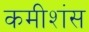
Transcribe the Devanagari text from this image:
कमीशंस